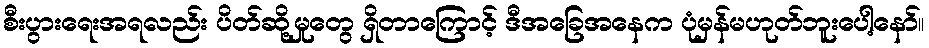
စီးပွားရေးအရလည်း ပိတ်ဆို့မှုတွေ ရှိတာကြောင့် ဒီအခြေအနေက ပုံမှန်မဟုတ်ဘူးပေါ့နော်။